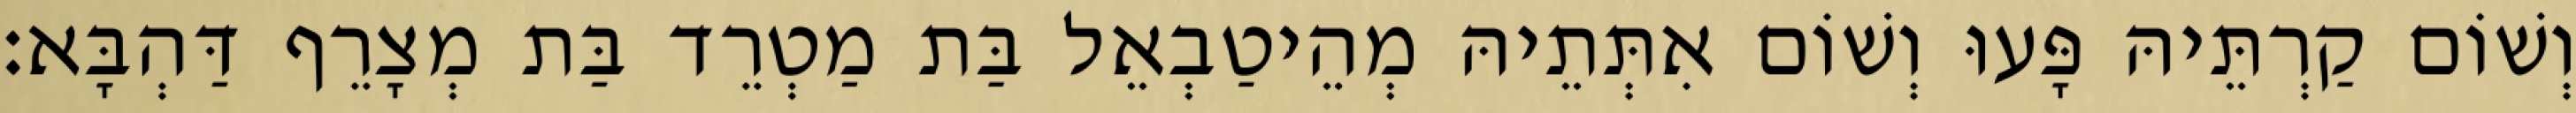
וְשׁוֹם קַרְתֵּיהּ פָּעוּ וְשׁוֹם אִתְּתֵיהּ מְהֵיטַבְאֵל בַּת מַטְרֵד בַּת מְצָרֵף דַּהְבָּא׃